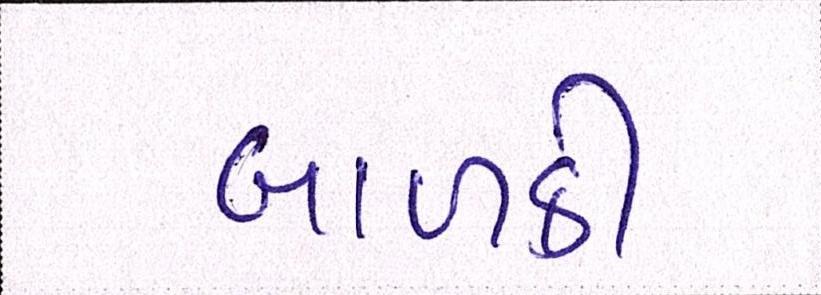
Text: બાળકી